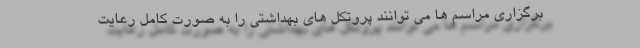
برگزاری مراسم ها می توانند پروتکل های بهداشتی را به صورت کامل رعایت